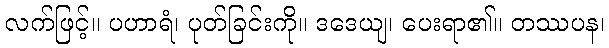
လက်ဖြင့်။ ပဟာရံ၊ ပုတ်ခြင်းကို။ ဒဒေယျ၊ ပေးရာ၏။ တဿပန၊